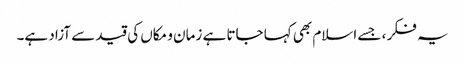
یہ فکر ، جسے اسلام بھی کہا جاتا ہے زمان و مکاں کی قید سے آزاد ہے۔